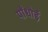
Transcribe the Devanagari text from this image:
पाँधोई